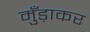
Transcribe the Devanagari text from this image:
मुँड़ाकर